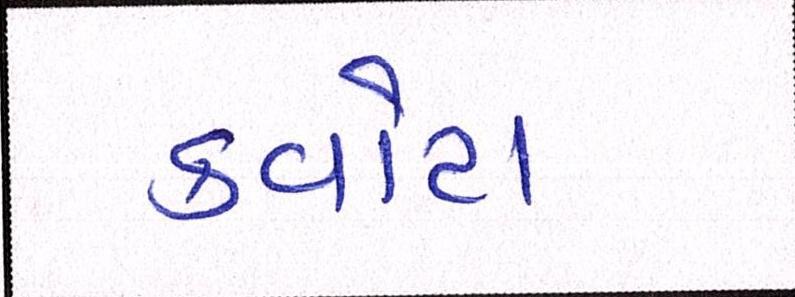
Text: ક્વોટા